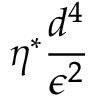
\eta ^ { * } \frac { d ^ { 4 } } { \epsilon ^ { 2 } }